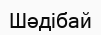
Шәдібай